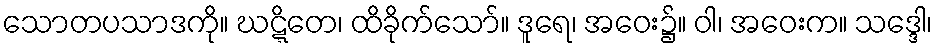
သောတပသာဒကို။ ဃဋ္ဋိတေ၊ ထိခိုက်သော်။ ဒူရေ၊ အဝေး၌။ ဝါ၊ အဝေးက။ သဒ္ဒေါ၊